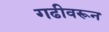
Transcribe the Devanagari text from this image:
गढीवरून